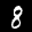
Label: 8